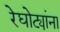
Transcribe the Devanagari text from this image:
रेघोट्यांना